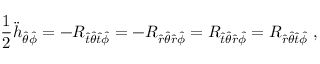
{ \frac { 1 } { 2 } } { \ddot { h } } _ { { \hat { \theta } } { \hat { \phi } } } = - R _ { { \hat { t } } { \hat { \theta } } { \hat { t } } { \hat { \phi } } } = - R _ { { \hat { r } } { \hat { \theta } } { \hat { r } } { \hat { \phi } } } = R _ { { \hat { t } } { \hat { \theta } } { \hat { r } } { \hat { \phi } } } = R _ { { \hat { r } } { \hat { \theta } } { \hat { t } } { \hat { \phi } } } \ ,